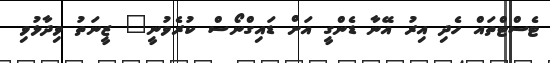
ޓެސްޓްތައް ހެދި އިރު އޭނާ ޑެންގީ އަށް ޑައިގްނޯސް ކުރެވުނީ" ޒީނަތު ވިދާޅުވި